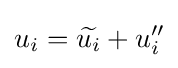
u_{i}={\widetilde {u_{i}}}+u_{i}''